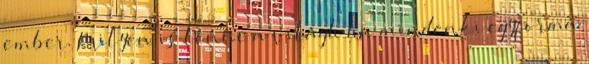
ember. Milyen is lenne a világh ha mindenki egyforma